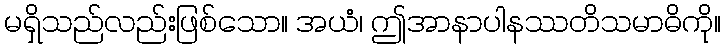
မရှိသည်လည်းဖြစ်သော။ အယံ၊ ဤအာနာပါနဿတိသမာဓိကို။